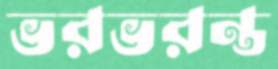
ভরভরন্ত